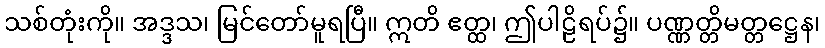
သစ်တုံးကို။ အဒ္ဒသ၊ မြင်တော်မူရပြီ။ ဣတိ ဧတ္ထ၊ ဤပါဠိရပ်၌။ ပဏ္ဏတ္တိမတ္တဋ္ဌေန၊